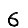
Digit: 6